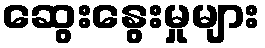
ဆွေးနွေးမှုများ